Document type: Sale
Year: 1440
Scribe: Pere Pau Pujades
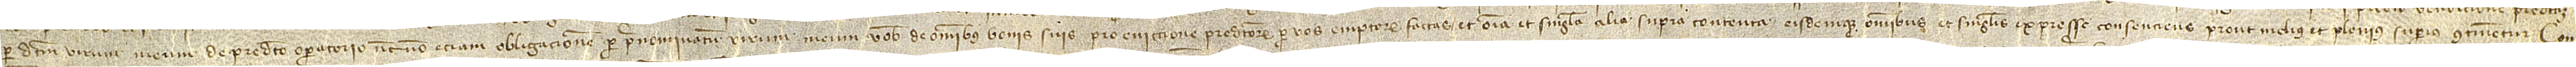
per dictum virum meum de predicto operatorio, necnon etiam obligacionem per prenominatum virum meum vobis de omnibus bonis suis pro eviccione predictorum per vos emptorum factas, et omnia et singula alia supra contenta eisdemque omnibus et singulis expresse consenciens prout melius et plenius superius continentur, con-